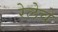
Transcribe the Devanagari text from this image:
रेलेचे